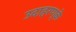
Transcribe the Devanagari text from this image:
उदाहरण्के